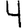
Digit: 4